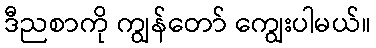
ဒီညစာကို ကျွန်တော် ကျွေးပါမယ်။